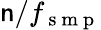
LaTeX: \mathsf{n}/f_{\mathrm{{~s~m~p~}}}